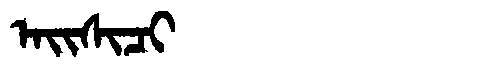
Manchu: ᠠᡳᠰᡳᠴᡳ
Romanization: AISICI